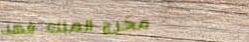
مخرج الملك فهد